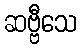
ဆဗ္ဗီသေ